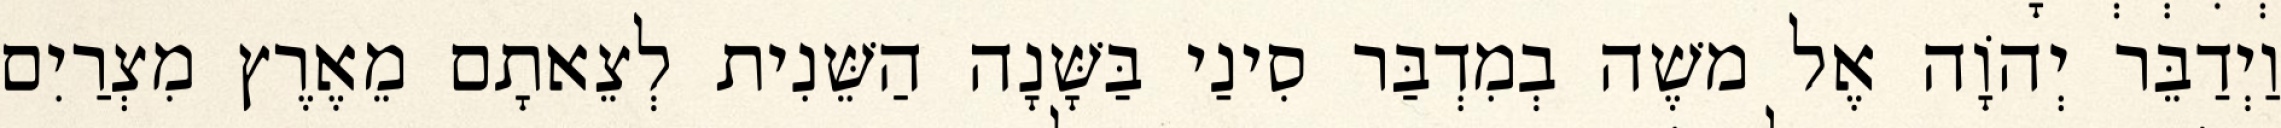
וַיְדַבֵּר יְהוָֹה אֶל משֶׁה בְמִדְבַּר סִינַי בַּשָּׁנָה הַשֵּׁנִית לְצֵאתָם מֵאֶרֶץ מִצְרַיִם